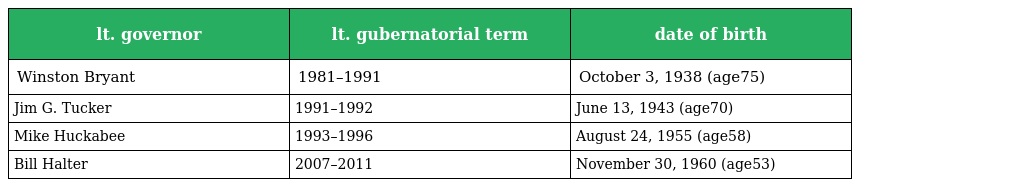
| lt. governor | lt. gubernatorial term | date of birth |
 | --- | --- | --- |
 | Winston Bryant | 1981–1991 | October 3, 1938 (age75) |
 | Jim G. Tucker | 1991–1992 | June 13, 1943 (age70) |
 | Mike Huckabee | 1993–1996 | August 24, 1955 (age58) |
 | Bill Halter | 2007–2011 | November 30, 1960 (age53) |